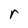
Character: r